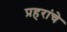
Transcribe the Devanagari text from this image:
प्रहरांचे